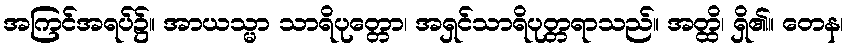
အကြင်အရပ်၌။ အာယသ္မာ သာရိပုတ္တော၊ အရှင်သာရိပုတ္တရာသည်။ အတ္ထိ၊ ရှိ၏။ တေန၊